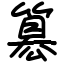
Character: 簒